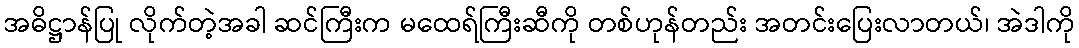
အဓိဋ္ဌာန်ပြု လိုက်တဲ့အခါ ဆင်ကြီးက မထေရ်ကြီးဆီကို တစ်ဟုန်တည်း အတင်းပြေးလာတယ်၊ အဲဒါကို